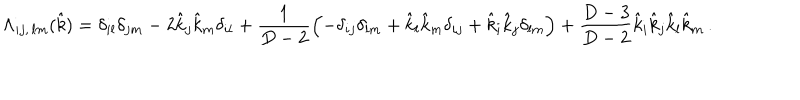
LaTeX: \Lambda _ { i j , \, l m } ( \hat { k } ) = \delta _ { i l } \delta _ { j m } - 2 \hat { k } _ { j } \hat { k } _ { m } \delta _ { i l } + \frac { 1 } { D - 2 } \left( - \delta _ { i j } \delta _ { l m } + \hat { k } _ { l } \hat { k } _ { m } \delta _ { i j } + \hat { k } _ { i } \hat { k } _ { j } \delta _ { l m } \right) + \frac { D - 3 } { D - 2 } \hat { k } _ { i } \hat { k } _ { j } \hat { k } _ { l } \hat { k } _ { m } \, .